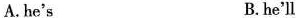
A.he's B.he'll